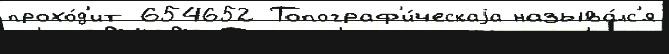
прохо́д'ит 654652 Топограф'и́ческаjа называ́лс'я